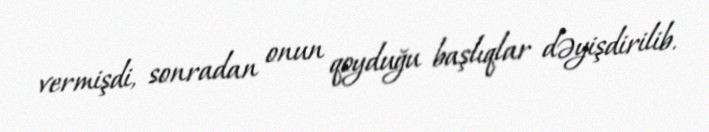
vermişdi, sonradan onun qoyduğu başlıqlar dəyişdirilib.